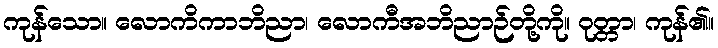
ကုန်သော။ လောကိကာဘိညာ၊ လောကီအဘိညာဉ်တို့ကို။ ဝုတ္တာ၊ ကုန်၏။